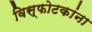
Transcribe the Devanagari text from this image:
विस्फोटकांना